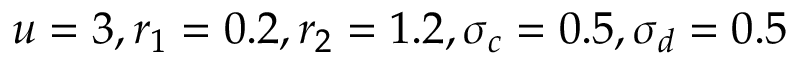
u = 3 , r _ { 1 } = 0 . 2 , r _ { 2 } = 1 . 2 , \sigma _ { c } = 0 . 5 , \sigma _ { d } = 0 . 5